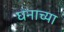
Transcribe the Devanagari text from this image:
घनाच्या